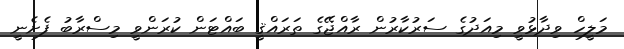
މަލީހް ވިދާޅުވީ މިއަދުގެ ސަރުކާރުން ރާއްޖޭގެ ތަރައްޤީ ބައްޓަން ކުރަންވީ މިސްރާބު ފެށެނީ